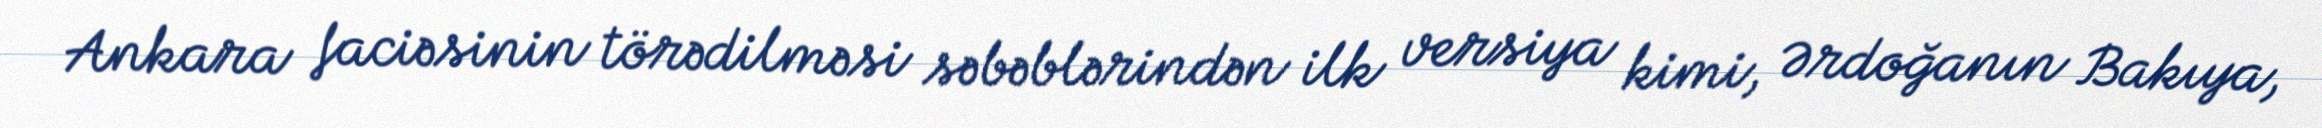
Ankara faciəsinin törədilməsi səbəblərindən ilk versiya kimi, Ərdoğanın Bakıya,